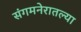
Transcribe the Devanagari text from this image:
संगमनेरातल्या